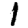
Digit: 1